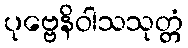
ပုဗ္ဗေနိဝါသသုတ္တံ